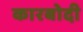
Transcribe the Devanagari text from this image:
कारबोदी